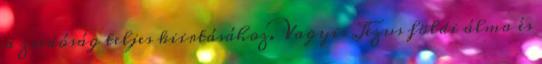
a zsidóság teljes kiirtásához. Vagyis Jézus földi álma és